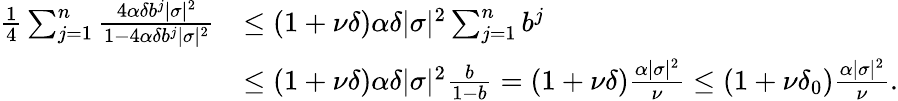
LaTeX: \begin{array}{rl}{\frac{1}{4}\sum_{j=1}^{n}\frac{4\alpha\delta b^{j}|\sigma|^{2}}{1-4\alpha\delta b^{j}|\sigma|^{2}}}&{\leq(1+\nu\delta)\alpha\delta|\sigma|^{2}\sum_{j=1}^{n}b^{j}}\\ &{\leq(1+\nu\delta)\alpha\delta|\sigma|^{2}\frac{b}{1-b}=(1+\nu\delta)\frac{\alpha|\sigma|^{2}}{\nu}\leq(1+\nu\delta_{0})\frac{\alpha|\sigma|^{2}}{\nu}.}\end{array}